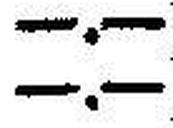
—.—